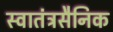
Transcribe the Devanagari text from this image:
स्वातंत्रसैनिक